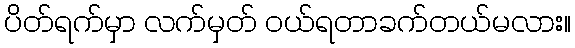
ပိတ်ရက်မှာ လက်မှတ် ဝယ်ရတာခက်တယ်မလား။